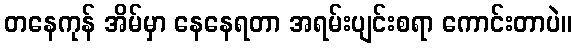
တနေကုန် အိမ်မှာ နေနေရတာ အရမ်းပျင်းစရာ ကောင်းတာပဲ။